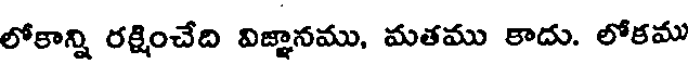
లోకాన్ని రక్షించేది విజ్ఞానము, మతము కాదు. లోకము